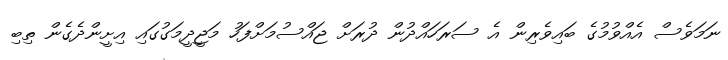
ނަމަވެސް އެއްވުމުގެ ބައިވެރިން އެ ސަރަހައްދުން ދުރަށް ޖައްސުމަށްފަހު މަޖީދީމަގުގައި އިށީންދެގެން ތިބި